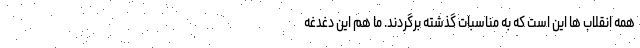
همه انقلاب ها این است که به مناسبات گذشته برگردند. ما هم این دغدغه